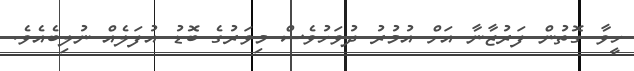
ހީވާ ގޮތުން ފަރުޒާނާ އަށް އުމުރު ދުވަހުވެސް މިވަރުގެ ބޮޑު އުފަލެއް ނުލިބެއެވެ.